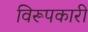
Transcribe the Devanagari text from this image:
विरूपकारी